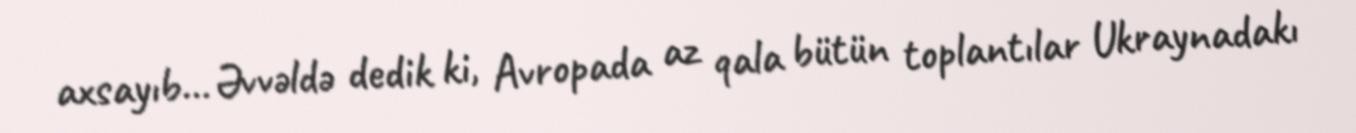
axsayıb... Əvvəldə dedik ki, Avropada az qala bütün toplantılar Ukraynadakı